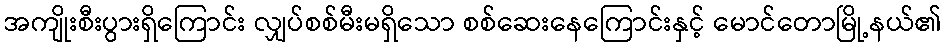
အကျိုးစီးပွားရှိကြောင်း လျှပ်စစ်မီးမရှိသော စစ်ဆေးနေကြောင်းနှင့် မောင်တောမြို့နယ်၏